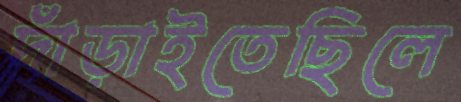
দাঁড়াইতেছিলে